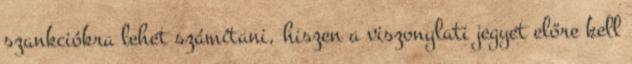
szankciókra lehet számítani, hiszen a viszonylati jegyet előre kell